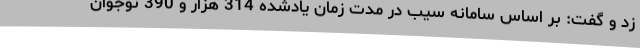
زد و گفت: بر اساس سامانه سیب در مدت زمان یادشده 314 هزار و 390 نوجوان